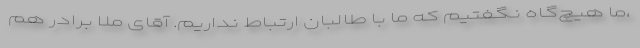
،ما هیچ‌گاه نگفتیم که ما با طالبان ارتباط نداریم. آقای ملا برادر هم